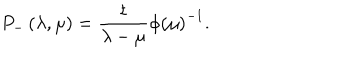
P _ { - } \left( \lambda , \mu \right) = \frac t { \lambda - \mu } \phi \left( \mu \right) ^ { - 1 } .